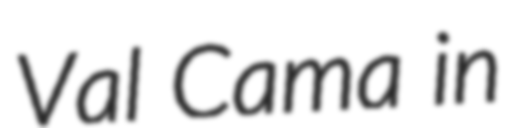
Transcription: Val Cama in